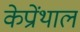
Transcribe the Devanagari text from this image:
केप्रोंथाल